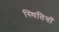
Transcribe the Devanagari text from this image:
स्थितियॉ